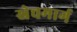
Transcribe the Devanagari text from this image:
खेचमार्ग